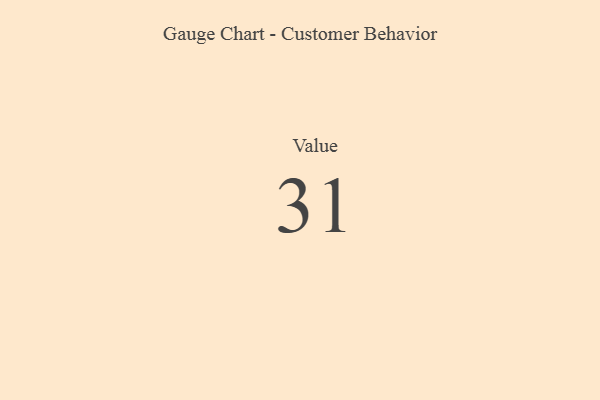
{"axis": {"x": "Metric", "y": "Value"}, "legend": [""], "data": [{"x": "Value", "y": 31, "type": ""}]}